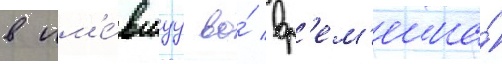
в им'е́вшуу во́ вр'ем'ена́